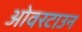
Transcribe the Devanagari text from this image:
ओवरटाउन